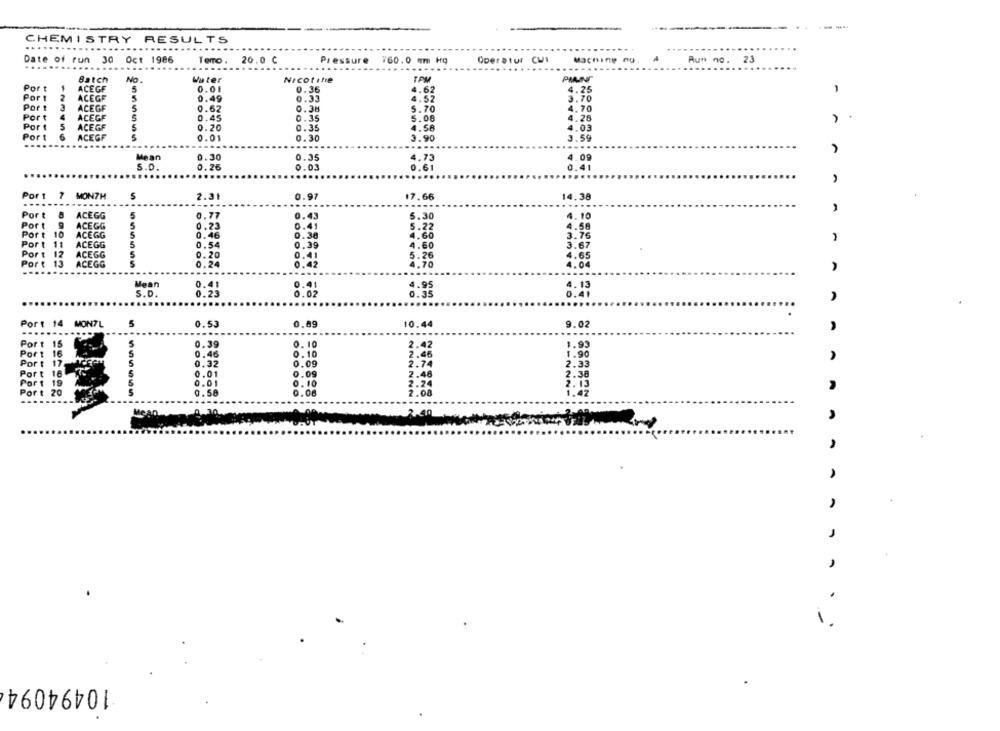
--------..
----
CHEMISTRY RESULTS
......
Date of run 30 Oct 1986
Oper atur CWI
Machine nu
Aun no. 23
...
Temo. 20.0 C
Pressure 760.0 mm Hg
...
Batch
No .
Water
Nicotine
TAM
Port
ACEGF
0.01
4.25
2
ACEGF
5
5
0.36
4.62
-
Port
0.49
0.33
4.52
3.70
Port
ACEGF
5
0.62
0.38
5.70
4.70
Port
4
ACEGF
5
0.45
0.35
5.08
4.28
5
-
Port
ACEGF
5
0.20
0.35
4.58
4.03
Port
6
ACEGF
0.01
0.30
3.90
3.59
.....
Mean
0.30
0.35
4.73
4.09
5.0
0.26
0.03
0.61
0.41
Port 7 MONTH
S
2.31
0.97
17.66
14.38
......
Port
ACEGG
5
0.77
43
5.30
4.10
Port
ACEGG
5
0.73
5.22
4.50
Port 10
ACEGG
5
1.46
3.76
Port 11
ACEGG
5
0.54
4.60
3.67
Port
12
ACEGG
.20
0.41
5.26
4.65
Port
ACEGG
24
0.42
4.70
4.04
Mean
4.95
S.D.
0.41
0.02
4.13
0.35
Port 14 MON7L
5
0.53
0.89
10.44
9.02
.....
.....
Port 15
5
0.39
0. 10
2.42
1.93
Port 16
5
0.46
0.10
2.46
1.90
A
Port 17
0.32
0.09
2.74
2.33
Port 18
0.01
0.09
2.48
2.38
0.01
Port 19
0.10
2.24
2:15
Port 20
0. 58
0.08
2.00
,
10494094